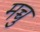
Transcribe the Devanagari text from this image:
मच्चु